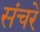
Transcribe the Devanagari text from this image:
संचरे